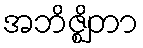
အဘိဇ္ဈိတာ